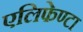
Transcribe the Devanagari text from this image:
एलिफेण्टा